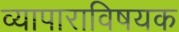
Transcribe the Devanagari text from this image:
व्यापाराविषयक